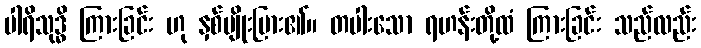
ပါရိသုဒ္ဓိ ကြားခြင်း ဟု နှစ်မျိုးပြား၏။ တပါးသော ရဟန်းတို့ထံ ကြားခြင်း သည်လည်း